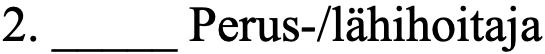
2. _____ Perus-/lähihoitaja